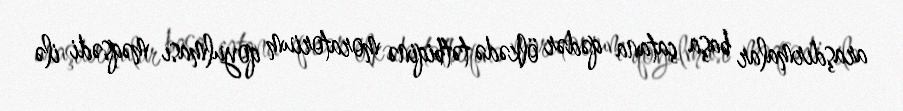
araşdırmalar başa çatana qədər ölkədə tətbiqinə moratorium qoyulması məqsədi ilə